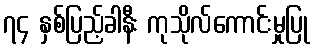
၇၄ နှစ်ပြည့်ခါနီး ကုသိုလ်ကောင်းမှုပြု